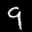
Label: 9